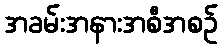
အခမ်းအနားအစီအစဉ်